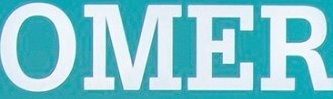
OMER